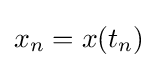
x_{n}=x(t_{n})